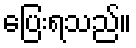
ပြေးရသည်။